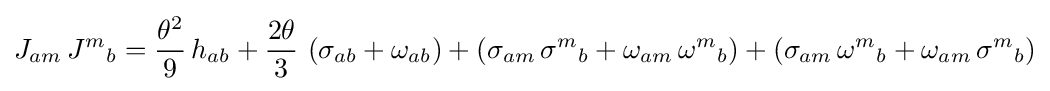
J_{am}\,{J^{m}}_{b}={\frac {\theta ^{2}}{9}}\,h_{ab}+{\frac {2\theta }{3}}\,\left(\sigma _{ab}+\omega _{ab}\right)+\left(\sigma _{am}\,{\sigma ^{m}}_{b}+\omega _{am}\,{\omega ^{m}}_{b}\right)+\left(\sigma _{am}\,{\omega ^{m}}_{b}+\omega _{am}\,{\sigma ^{m}}_{b}\right)